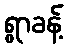
ရွာခန့်